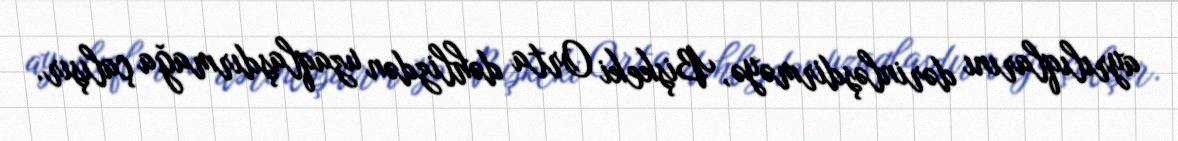
ayrılıqlarını dərinləşdirməyə, Bişkeki Orta dəhlizdən uzaqlaşdırmağa çalışır.